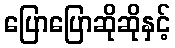
ပြောပြောဆိုဆိုနှင့်